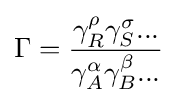
\Gamma ={\frac {\gamma _{R}^{\rho }\gamma _{S}^{\sigma }...}{\gamma _{A}^{\alpha }\gamma _{B}^{\beta }...}}